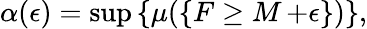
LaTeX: \alpha(\epsilon)=\operatorname*{sup}\left\{ \mu(\{ F\geq\mathop{M}+\epsilon\} )\right\} ,